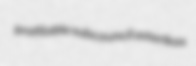
profitable subcouncil asterikos